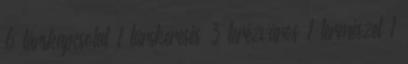
6 társkapcsolat 1 társkeresés 3 terézváros 1 természet 1